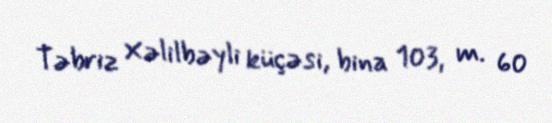
Təbriz Xəlilbəyli küçəsi, bina 103, m. 60